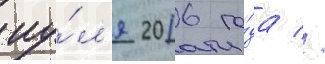
иу́л'я 2016 го́да //